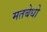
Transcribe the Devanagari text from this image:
मतबेधो